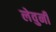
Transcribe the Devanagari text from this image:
लेवुनी